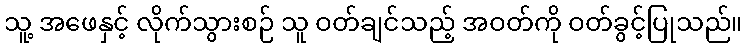
သူ့ အဖေနှင့် လိုက်သွားစဉ် သူ ဝတ်ချင်သည့် အဝတ်ကို ဝတ်ခွင့်ပြုသည်။